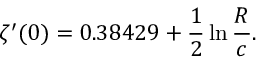
\zeta ^ { \prime } ( 0 ) = 0 . 3 8 4 2 9 + \frac { 1 } { 2 } \ln \frac { R } { c } .